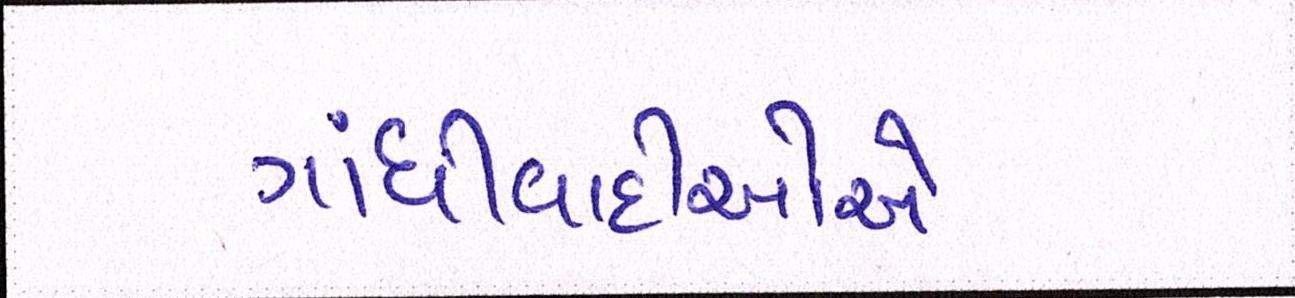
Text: ગાંધીવાદીઓએ